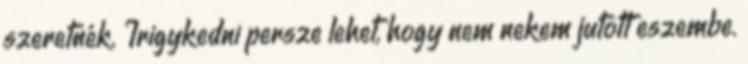
szeretnék. Irigykedni persze lehet, hogy nem nekem jutott eszembe.